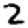
Digit: 2